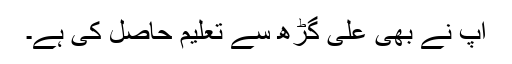
آپ نے بھی علی گڑھ سے تعلیم حاصل کی ہے۔